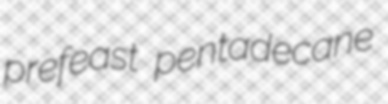
prefeast pentadecane